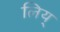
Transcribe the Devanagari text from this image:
लिय्